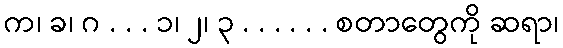
က၊ ခ၊ ဂ . . . ၁၊ ၂၊ ၃ . . . . . . စတာတွေကို ဆရာ၊